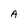
Character: A